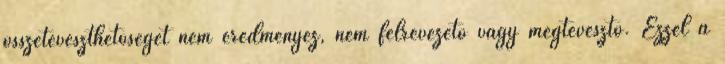
összetéveszthetőséget nem eredményez, nem félrevezető vagy megtévesztő. Ezzel a